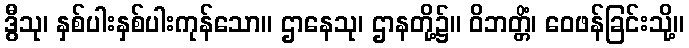
ဒွီသု၊ နှစ်ပါးနှစ်ပါးကုန်သော။ ဌာနေသု၊ ဌာနတို့၌။ ဝိဘတ္တိံ၊ ဝေဖန်ခြင်းသို့။